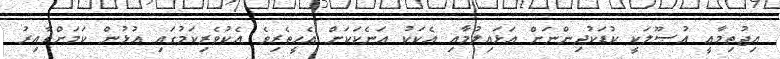
އިޖުތިމާޢީ އުޞޫލަކީ ކުޑަކުދިންނަށް އަޅައިލުމާއި އެކަކު އަނެކަކަށް އެހީތެރިވެ އެކުވެރިކަމުގައި އުޅުން ކަމަށްވާއިރު